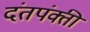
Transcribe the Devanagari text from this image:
दंतपंक्ती